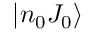
| n _ { 0 } J _ { 0 } \rangle